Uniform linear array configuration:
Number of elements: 12
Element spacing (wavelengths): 0.5
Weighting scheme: exponential
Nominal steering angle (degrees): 30
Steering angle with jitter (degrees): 28.362
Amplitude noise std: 0.05
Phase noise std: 0.05

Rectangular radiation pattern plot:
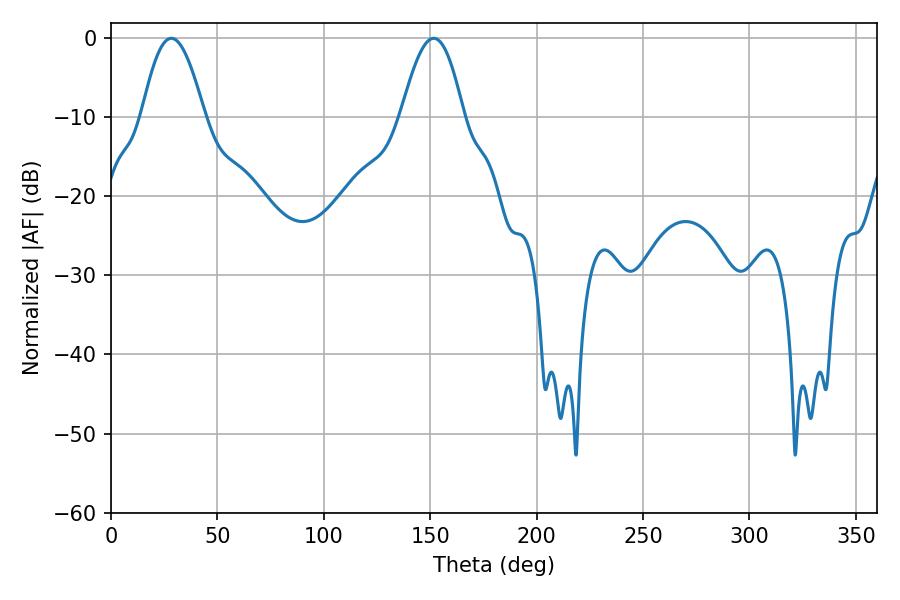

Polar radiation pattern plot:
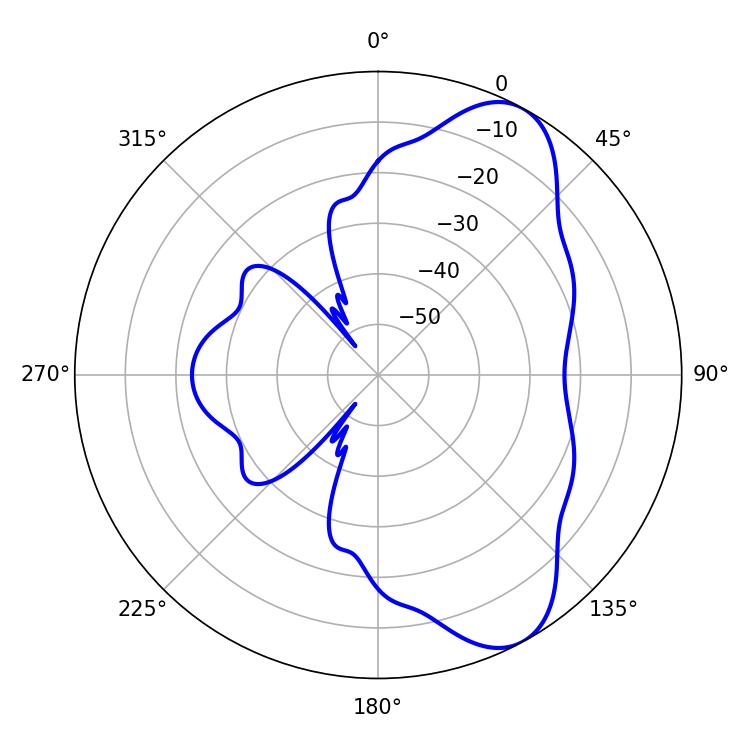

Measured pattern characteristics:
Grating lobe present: FALSE
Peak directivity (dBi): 8.066
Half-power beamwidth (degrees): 15.84
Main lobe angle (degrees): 28.44